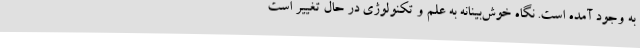
به وجود آمده است. نگاه خوش‌بینانه به علم و تکنولوژی در حال تغییر است